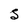
Character: S